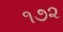
૧૭૨